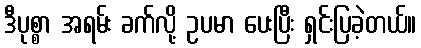
ဒီပုစ္စာ အရမ်း ခက်လို့ ဥပမာ ပေးပြီး ရှင်းပြခဲ့တယ်။